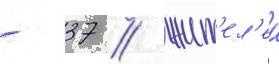
- 37 / жит'ел'еи